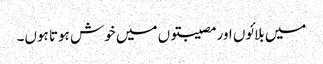
میں بلائوں اور مصیبتوں میں خوش ہوتا ہوں۔